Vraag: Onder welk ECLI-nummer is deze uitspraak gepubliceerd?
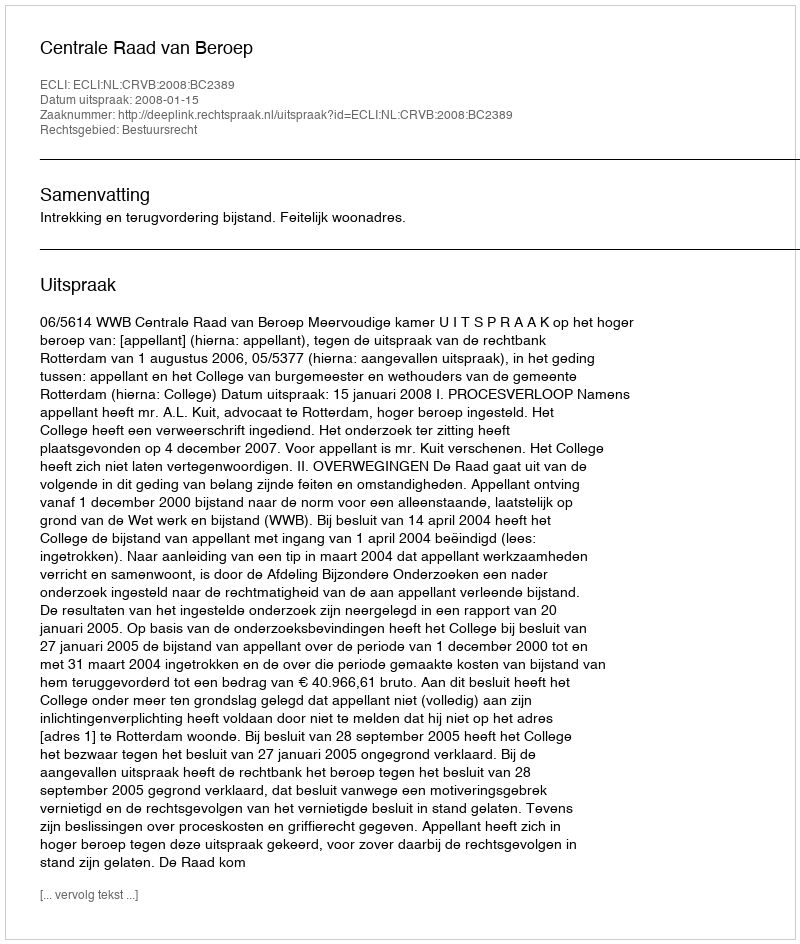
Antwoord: ECLI:NL:CRVB:2008:BC2389